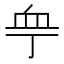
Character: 𧖧